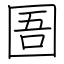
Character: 圄